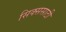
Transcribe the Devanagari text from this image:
सिक्ससाठी